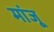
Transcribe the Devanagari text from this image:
मांजू